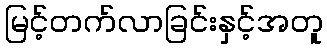
မြင့်တက်လာခြင်းနှင့်အတူ